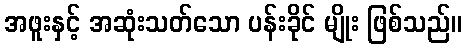
အဖူးနှင့် အဆုံးသတ်သော ပန်းခိုင် မျိုး ဖြစ်သည်။